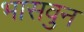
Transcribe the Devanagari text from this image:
भासवुन